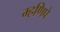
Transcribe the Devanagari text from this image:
म्हणिपे